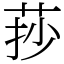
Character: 莏